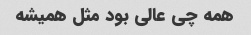
همه چی عالی بود مثل همیشه